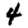
Digit: 4